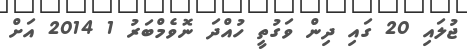
ޖުލައި 20 ގައި ދިން ވަގުތީ ހުއްދަ ނޮވެމްބަރު 1 2014 އަށް